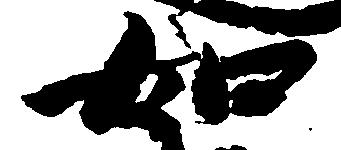
如